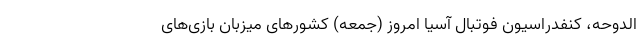
الدوحه، کنفدراسیون فوتبال آسیا امروز (جمعه) کشورهای میزبان بازی‌های